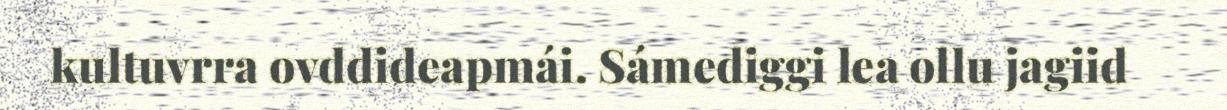
kultuvrra ovddideapmái. Sámediggi lea ollu jagiid